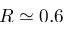
R \simeq 0 . 6